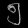
Digit: ၅